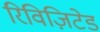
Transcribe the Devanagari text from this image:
रिविज़िटेड